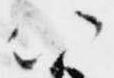
以